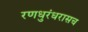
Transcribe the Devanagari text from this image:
रणधुरंधरासच